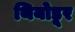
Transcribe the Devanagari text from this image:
थियोडूर